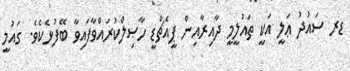
ޑރ ސައުދު ޢަލީ އަކީ ތައުލީމީ ދާއިރާއިން ޕީއެޗްޑީ ހާޞިލްކުރައްވާފައިވާ ބޭފުޅެކެވެ. ގައުމީ